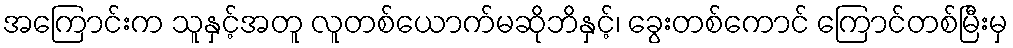
အကြောင်းက သူနှင့်အတူ လူတစ်ယောက်မဆိုဘိနှင့်၊ ခွေးတစ်ကောင် ကြောင်တစ်မြီးမှ